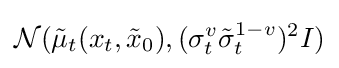
{\mathcal {N}}({\tilde {\mu }}_{t}(x_{t},{\tilde {x}}_{0}),(\sigma _{t}^{v}{\tilde {\sigma }}_{t}^{1-v})^{2}I)